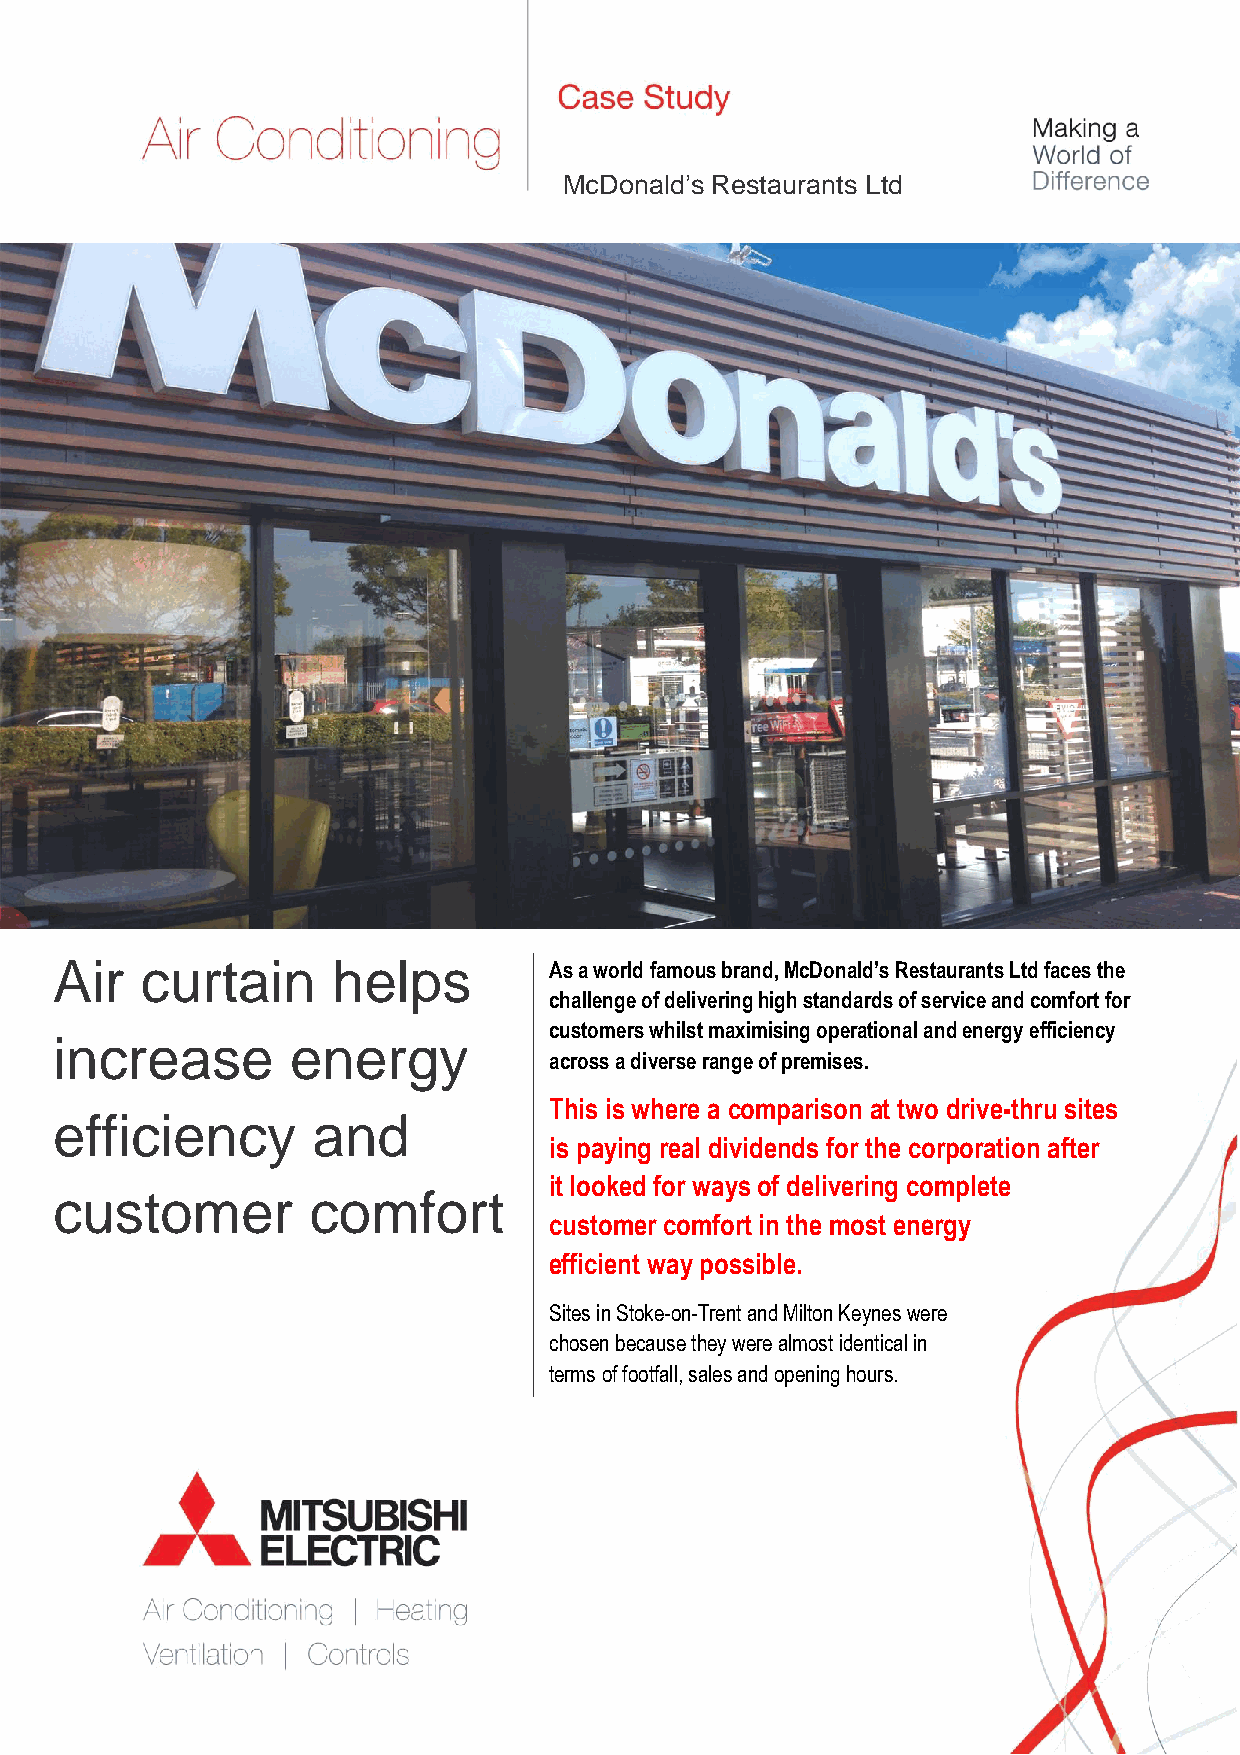
McDonald’s Restaurants Ltd
 Air  curtain      helps         As a world famous brand, McDonald’s Restaurants Ltd faces the
 challenge of delivering high standards of service and comfort for
 customers whilst maximising operational and energy efficiency
 increase       energy
 across a diverse range of premises.
 This is where a comparison at two drive-thru sites
 efficiency       and
 is paying real dividends for the corporation after
 it looked for ways of delivering complete
 customer        comfort
 customer comfort in the most energy
 efficient way possible.
 Sites in Stoke-on-Trent and Milton Keynes were
 chosen because they were almost identical in
 terms of footfall, sales and opening hours.